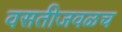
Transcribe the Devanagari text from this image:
वसतीजवळच